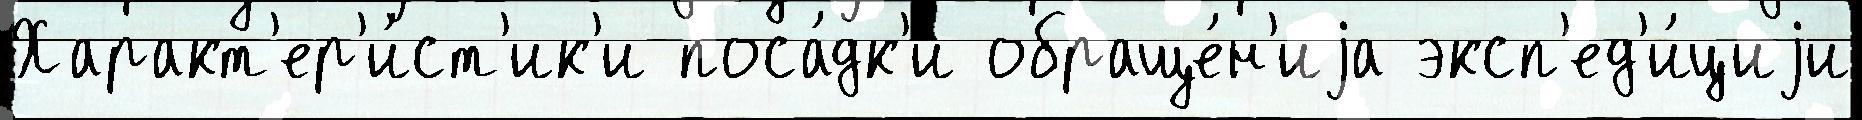
Характ'ер'и́ст'ик'и поса́дк'и обраще́н'иjа эксп'ед'и́циjи